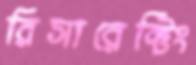
রিসারেক্টিং